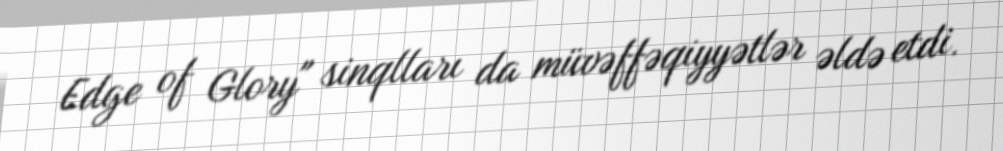
Edge of Glory" sinqlları da müvəffəqiyyətlər əldə etdi.